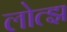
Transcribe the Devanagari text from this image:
लोत्झ